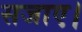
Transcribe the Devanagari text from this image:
सजाए।